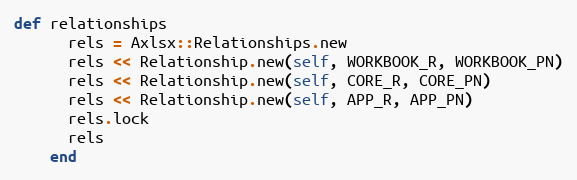
Language: Ruby
def relationships
      rels = Axlsx::Relationships.new
      rels << Relationship.new(self, WORKBOOK_R, WORKBOOK_PN)
      rels << Relationship.new(self, CORE_R, CORE_PN)
      rels << Relationship.new(self, APP_R, APP_PN)
      rels.lock
      rels
    end